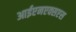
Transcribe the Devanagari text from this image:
आईएनएक्सएस